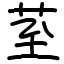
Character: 荎